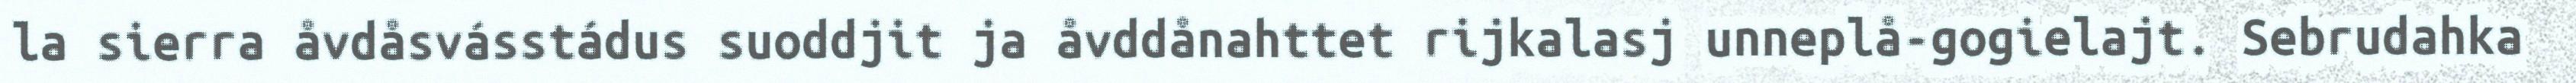
la sierra åvdåsvásstádus suoddjit ja åvddånahttet rijkalasj unneplå-gogielajt. Sebrudahka